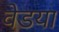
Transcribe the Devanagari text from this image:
वेडया